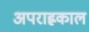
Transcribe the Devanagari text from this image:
अपराह्णकाल